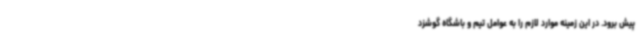
پیش برود. در این زمینه موارد لازم را به عوامل تیم و باشگاه گوشزد